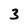
Character: 3